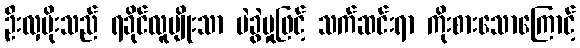
ဦးလှမိုးသည် ရခိုင်လူမျိုးသာ မဲခွဲမှုဖြင့် သက်ဆင်းရာ ကိုးစားသောကြောင့်